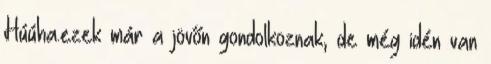
Húúha.ezek már a jövőn gondolkoznak, de még idén van